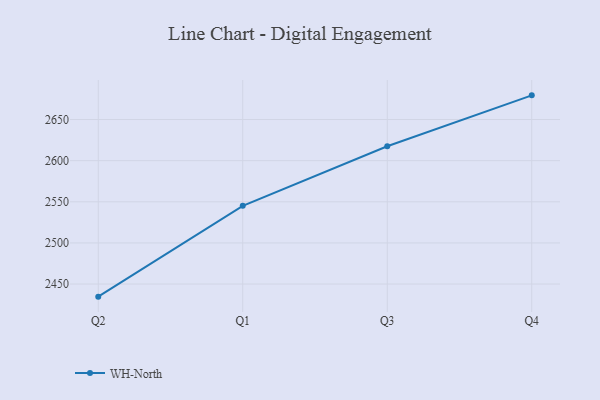
{"axis": {"x": "Quarter", "y": "Customer Acquisition Cost (USD)"}, "legend": ["WH-North"], "data": [{"x": "Q2", "y": 2434.7, "type": "WH-North"}, {"x": "Q1", "y": 2545.1, "type": "WH-North"}, {"x": "Q3", "y": 2617.5, "type": "WH-North"}, {"x": "Q4", "y": 2679.4, "type": "WH-North"}]}